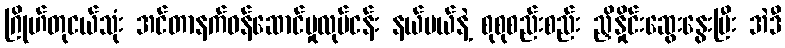
ဂြိုဟ်တုငယ်သုံး အင်တာနက်ဝန်ဆောင်မှုလုပ်ငန်း နယ်ပယ်နဲ့ စုစုစည်းစည်း ညှိနှိုင်းဆွေးနွေးပြီး အဲဒီ